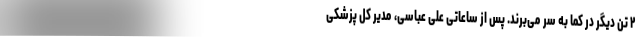
۲ تن دیگر در کما به سر می‌برند. پس از ساعاتی علی عباسی، مدیر کل پزشکی